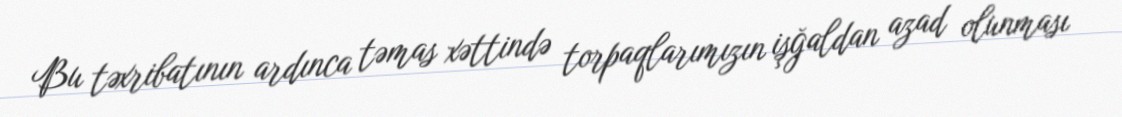
Bu təxribatının ardınca təmas xəttində torpaqlarımızın işğaldan azad olunması